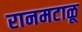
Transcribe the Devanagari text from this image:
रानमटाळू